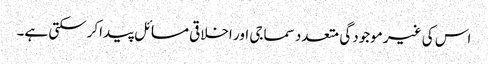
اس کی غیر موجودگی متعدد سماجی اور اخلاقی مسائل پیداکرسکتی ہے۔